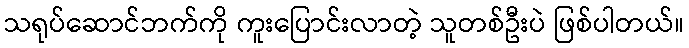
သရုပ်ဆောင်ဘက်ကို ကူးပြောင်းလာတဲ့ သူတစ်ဦးပဲ ဖြစ်ပါတယ်။